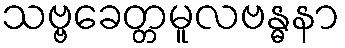
သဗ္ဗခေတ္တမူလဗန္ဓနာ